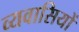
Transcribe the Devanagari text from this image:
व्यवासियों